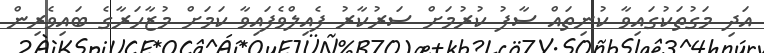
އަދި މަގުތަކުގައިވާ ކުނިތައް ސާފު ކުރުމަށް ސަރުކާރު ފެއިލްވެފައިވާ ކަމަށް މުޒާހަރާގެ ބައިވެރިން